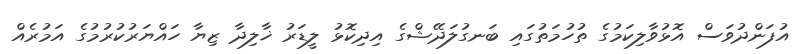
އުފަންދުވަސް އޮޅުވާލިކަމުގެ ތުހުމަތުގައި ބަނގުލަދޭޝްގެ އިދިކޮޅު ލީޑަރު ޚާލިދާ ޒިޔާ ހައްޔަރުކުރުމުގެ އަމުރެއް